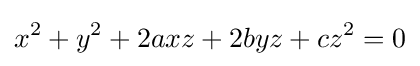
x^{2}+y^{2}+2axz+2byz+cz^{2}=0